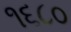
૧૬૮૦